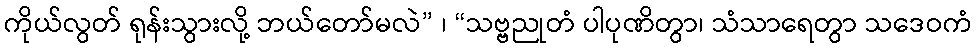
ကိုယ်လွတ် ရုန်းသွားလို့ ဘယ်တော်မလဲ” ၊ “သဗ္ဗညုတံ ပါပုဏိတွာ၊ သံသာရေတွာ သဒေဝကံ